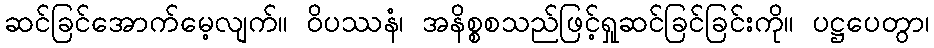
ဆင်ခြင်အောက်မေ့လျက်။ ဝိပဿနံ၊ အနိစ္စစသည်ဖြင့်ရှုဆင်ခြင်ခြင်းကို။ ပဋ္ဌပေတွာ၊